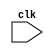
module synchronous_logic_block (
    input wire clk,
    // Other input and output ports here
);

// Declare any internal signals or variables here

always @(posedge clk) begin
    // Code or operations to execute on positive edge of clock signal
    // Update and synchronize logic here
end

// Other logic or operations for the module

endmodule